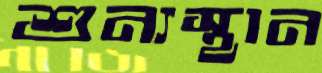
শুন্যস্থান